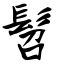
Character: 髫